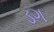
ડગ